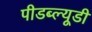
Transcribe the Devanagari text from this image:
पीडब्‍ल्‍यूडी